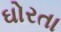
ઘોરતા